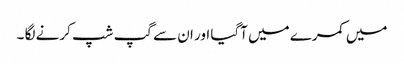
میں کمرے میں آگیا اور ان سے گپ شپ کرنے لگا ۔